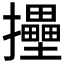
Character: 𢹮